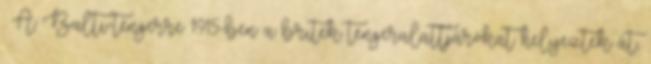
. A Balti-tengerre 1915-ben a britek tengeralattjárókat helyeztek át,